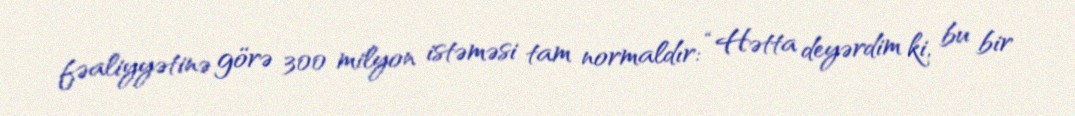
fəaliyyətinə görə 300 milyon istəməsi tam normaldır: “Hətta deyərdim ki, bu bir